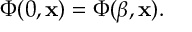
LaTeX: \Phi ( 0 , { \bf x } ) = \Phi ( \beta , { \bf x } ) .